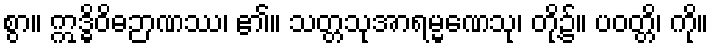
စွာ။ ဣဒ္ဓိဝိဓဉာဏဿ၊ ၏။ သတ္တသုအာရမ္မဏေသု၊ တို့၌။ ပဝတ္တိ၊ ကို။